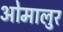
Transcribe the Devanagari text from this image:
ओमालुर